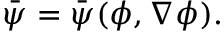
\begin{array} { r } { \bar { \psi } = \bar { \psi } ( \phi , \nabla \phi ) . } \end{array}